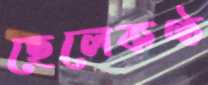
ছেলেকণ্ঠ